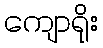
ကျောရိုး